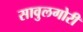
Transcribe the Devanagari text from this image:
सावुलगोरी